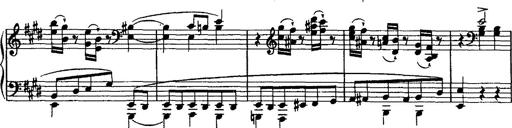
Title: Valse mÃ©lancolique
Composer: Paul Vidal
Key: F-sharp minor